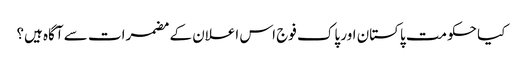
کیا حکومت پاکستان اور پاک فوج اس اعلان کے مضمرات سے آگاہ ہیں؟